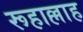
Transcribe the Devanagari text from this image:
रूहाल्लाह